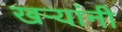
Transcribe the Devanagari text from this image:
खऱ्यांनी